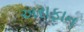
અરાફાત